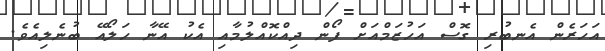
އަހަރެން އެނބުރި ގޮސް އަހުޒަމްއަށް ފޯން ދިއްކޮއްލުމާއި އެކު އޭނާ ހަލޯއޭ ބުނެލިއެވެ.